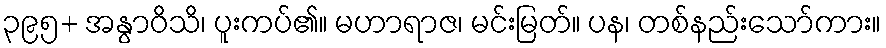
၃၉၅+ အနွာဝိသိ၊ ပူးကပ်၏။ မဟာရာဇ၊ မင်းမြတ်။ ပန၊ တစ်နည်းသော်ကား။